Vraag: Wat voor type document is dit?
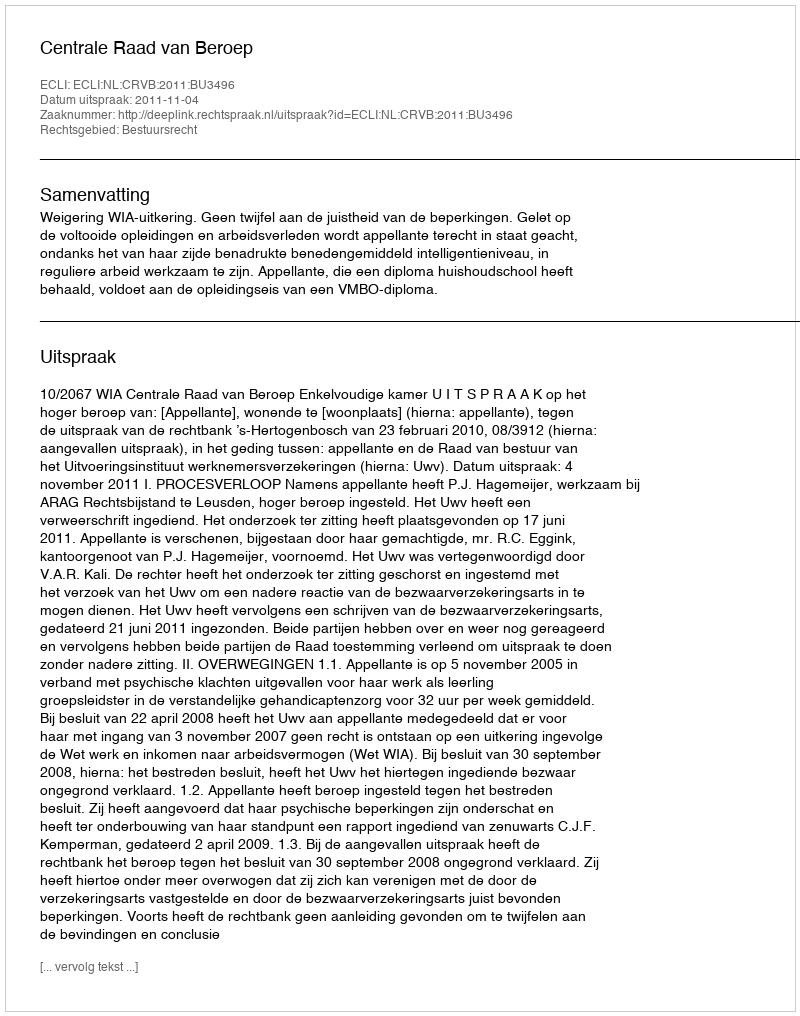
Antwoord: Uitspraak